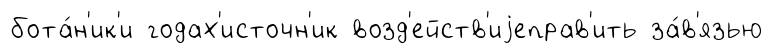
бота́н'ик'и годах'источн'ик возд'ейств'иjеправ'ить за́в'язью